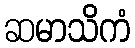
ဆမာသိကံ